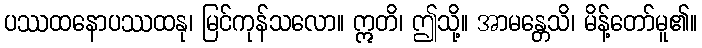
ပဿထနောပဿထနု၊ မြင်ကုန်သလော။ ဣတိ၊ ဤသို့။ အာမန္တေသိ၊ မိန့်တော်မူ၏။